Madras plague regulations in force outside the Presidency town - Volume 2
Disease focus: Plague
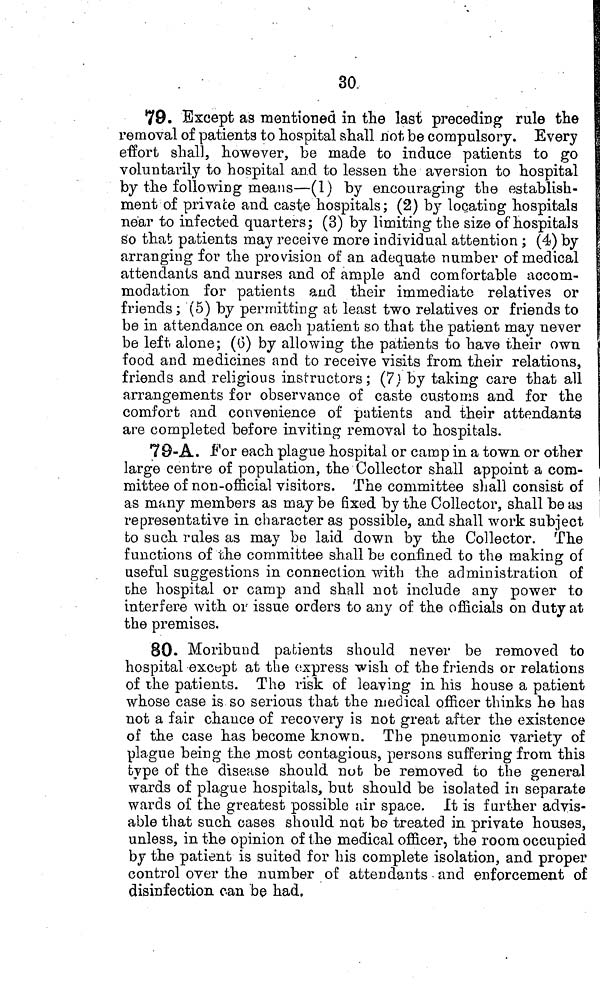
30.
79. Except as mentioned in the last preceding rule the
removal of patients to hospital shall not be compulsory. Every
effort shall, however, be made to induce patients to go
voluntarily to hospital and to lessen the aversion to hospital
by the following means—(1) by encouraging the establish-
ment of private and caste hospitals; (2) by locating hospitals
near to infected quarters; (3) by limiting the size of hospitals
so that patients may receive more individual attention ; (4) by
arranging for the provision of an adequate number of medical
attendants and nurses and of ample and comfortable accom-
modation for patients and their immediate relatives or
friends ; (5) by permitting at least two relatives or friends to
be in attendance on each patient so that the patient may never
be left alone; (G) by allowing the patients to have their own
food and medicines and to receive visits from their relations,
friends and religious instructors; (7) by taking care that all
arrangements for observance of caste customs and for the
comfort and convenience of patients and their attendants
are completed before inviting removal to hospitals.
79-A. For each plague hospital or camp in a town or other
large centre of population, the Collector shall appoint a com-
mittee of non-official visitors. The committee shall consist of
as many members as may be fixed by the Collector, shall be as
representative in character as possible, and shall work subject
to such rules as may bo laid down by the Collector. The
functions of the committee shall be confined to the making of
useful suggestions in connection with the administration of
the hospital or camp and shall not include any power to
interfere with or issue orders to any of the officials on duty at
the premises.
80. Moribund patients should never be removed to
hospital except at the express wish of the friends or relations
of the patients. The risk of leaving in his house a patient
whose case is so serious that the medical officer thinks he has
not a fair chance of recovery is not great after the existence
of the case has become known. The pneumonic variety of
plague being the most contagious, persons suffering from this
type of the disease should not be removed to the general
wards of plague hospitals, but should be isolated in separate
wards of the greatest possible air space. It is further advis-
able that such cases should not be treated in private houses,
unless, in the opinion of the medical officer, the room occupied
by the patient is suited for his complete isolation, and proper
control over the number of attendants and enforcement of
disinfection can be had.